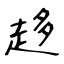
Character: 趍